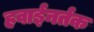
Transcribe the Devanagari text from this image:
हवाईनर्तक